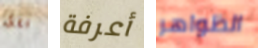
فقط أعرفة الظواهر